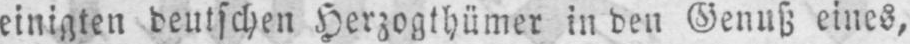
einigten deutschen Herzogtümer in den Genuß eines,